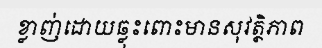
ខ្លាញ់ដោយឆ្លុះពោះមានសុវត្ថិភាព